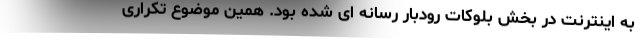
به اینترنت در بخش بلوکات رودبار رسانه ای شده بود. همین موضوع تکراری